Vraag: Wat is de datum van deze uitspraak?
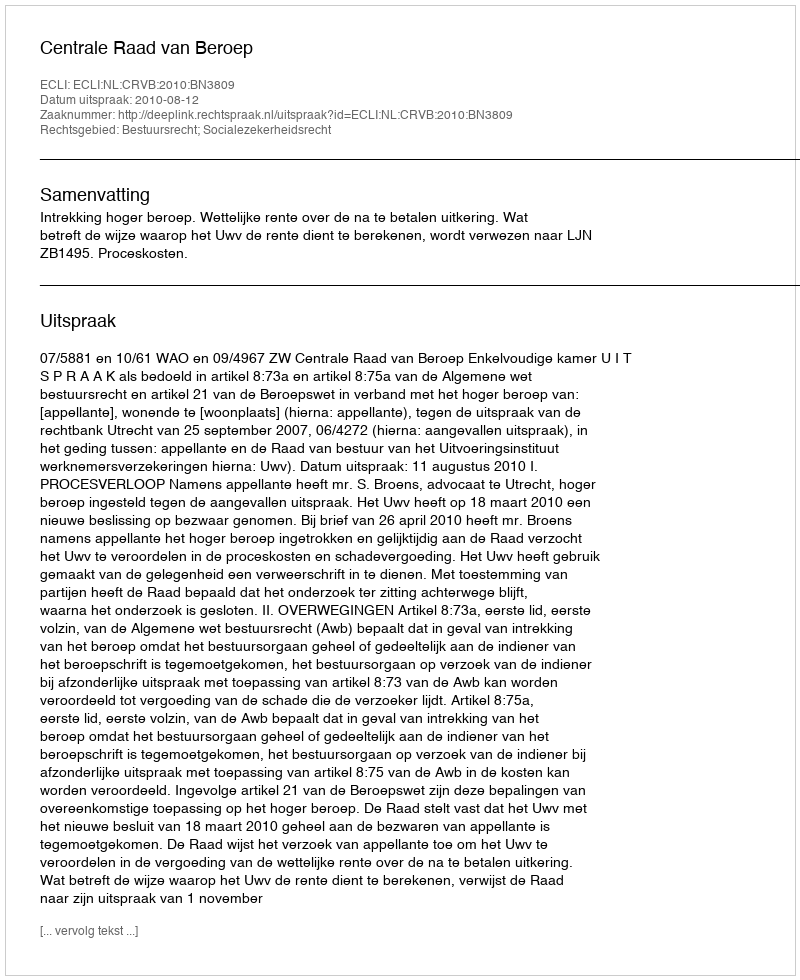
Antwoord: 2010-08-12